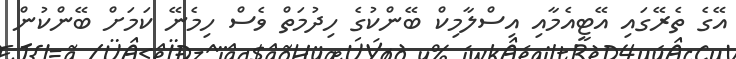
އޭގެ ތެރޭގައި އޭޓީއެމާއި އިސްލާމިކް ބޭންކުގެ ހިދުމަތް ވެސް ހިމެނޭ ކަމަށް ބޭންކުން